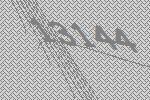
13144